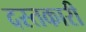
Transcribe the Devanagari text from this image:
दस्‍तकारी